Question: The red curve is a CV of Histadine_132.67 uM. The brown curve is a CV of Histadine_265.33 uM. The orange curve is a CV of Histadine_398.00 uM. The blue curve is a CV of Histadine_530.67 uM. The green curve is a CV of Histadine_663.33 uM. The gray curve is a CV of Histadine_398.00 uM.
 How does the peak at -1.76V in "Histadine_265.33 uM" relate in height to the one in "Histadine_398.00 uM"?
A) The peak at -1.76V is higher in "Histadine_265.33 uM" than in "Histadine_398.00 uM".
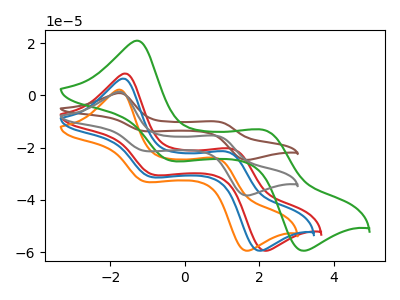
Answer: <think>The red curve "Histadine_132.67 uM" has anodic peaks at (-1.60V, 8.40uA) (1.30V, -20.50uA) and cathodic peaks at (-0.80V, -30.45uA) (2.15V, -59.45uA). The brown curve "Histadine_265.33 uM" has anodic peaks at (-1.75V, 2.90uA) (0.85V, -31.00uA) and cathodic peaks at (-1.05V, -42.60uA) (1.65V, -76.60uA). The orange curve "Histadine_398.00 uM" has anodic peaks at (-1.75V, 2.25uA) (0.85V, -24.05uA) and cathodic peaks at (-1.05V, -33.10uA) (1.65V, -59.45uA). The blue curve "Histadine_530.67 uM" has anodic peaks at (-1.65V, 6.50uA) (1.15V, -21.65uA) and cathodic peaks at (-0.90V, -31.25uA) (2.00V, -59.45uA). The green curve "Histadine_663.33 uM" has anodic peaks at (-1.30V, 21.00uA) (2.15V, -13.30uA) and cathodic peaks at (-0.35V, -25.05uA) (3.15V, -59.45uA). The gray curve "Histadine_398.00 uM" has anodic peaks at (-1.75V, 1.45uA) (0.85V, -15.50uA) and cathodic peaks at (-1.05V, -21.30uA) (1.65V, -38.30uA).</think>
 <answer>A) The peak at -1.76V is higher in "Histadine_265.33 uM" than in "Histadine_398.00 uM".</answer>
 <eval>A</eval>